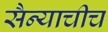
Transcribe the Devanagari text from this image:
सैन्याचीच